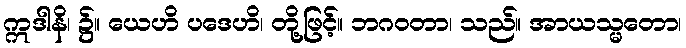
ဣဒါနိ၊ ၌။ ယေဟိ ပဒေဟိ၊ တို့ဖြင့်။ ဘဂဝတာ၊ သည်။ အာယသ္မတော၊